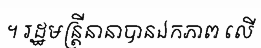
។ រដ្ឋមន្ត្រីនានាបានឯកភាព លើ